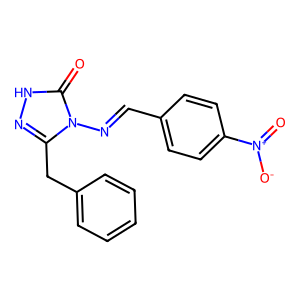
SMILES: O=c1[nH]nc(Cc2ccccc2)n1N=Cc1ccc([N+](=O)[O-])cc1
Inhibits HIV replication: No